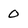
Character: 0